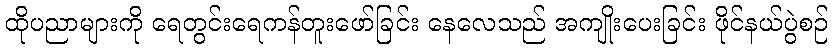
ထိုပညာများကို ရေတွင်းရေကန်တူးဖော်ခြင်း နေလေသည် အကျိုးပေးခြင်း ဖိုင်နယ်ပွဲစဉ်